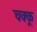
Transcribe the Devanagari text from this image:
चक्कू